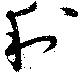
利